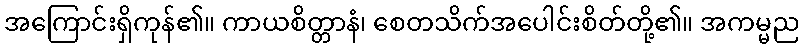
အကြောင်းရှိကုန်၏။ ကာယစိတ္တာနံ၊ စေတသိက်အပေါင်းစိတ်တို့၏။ အကမ္မည